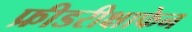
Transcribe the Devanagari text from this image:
फ्रीडरीक्षाफेन